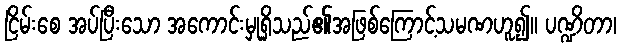
ငြိမ်းစေ အပ်ပြီးသော အကောင်းမှုရှိသည်၏အဖြစ်ကြောင့်သမဏဟူ၍။ ပဏ္ဍိတာ၊